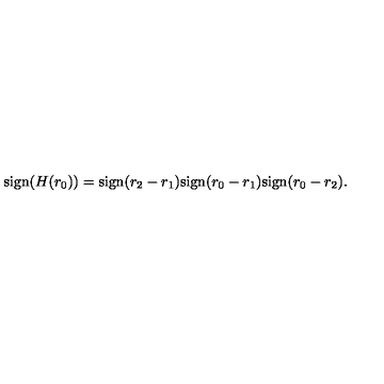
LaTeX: \mathrm { s i g n } ( H ( r _ { 0 } ) ) = \mathrm { s i g n } ( r _ { 2 } - r _ { 1 } ) \mathrm { s i g n } ( r _ { 0 } - r _ { 1 } ) \mathrm { s i g n } ( r _ { 0 } - r _ { 2 } ) .